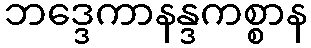
ဘဒ္ဒေကာနန္ဒကစ္စာန